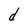
Character: d